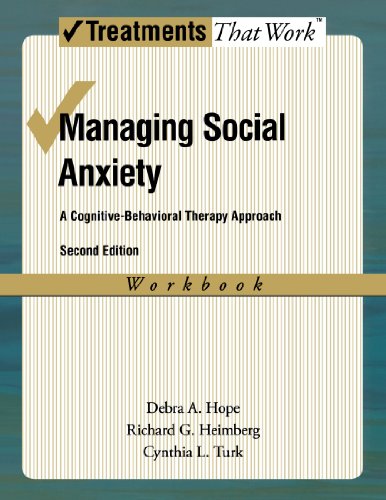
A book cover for Managing Social Anxiety,  Workbook: A Cognitive-Behavioral Therapy Approach (Treatments That Work); Debra A. Hope; Medical Books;